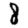
Digit: 8